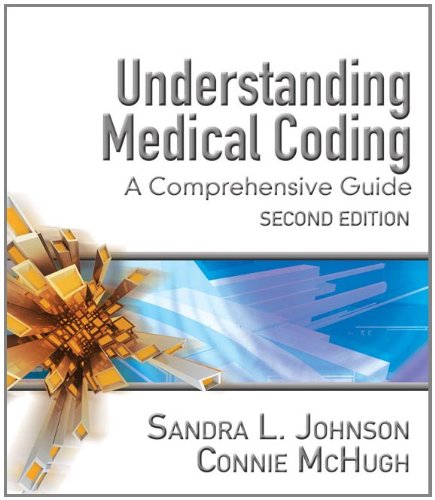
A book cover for Understanding Medical Coding: A Comprehensive Guide; Sandra L. Johnson; Medical Books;